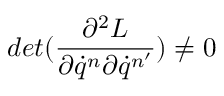
d e t ( \frac { \partial ^ { 2 } L } { \partial \dot { q } ^ { n } \partial \dot { q } ^ { n ^ { \prime } } } ) \neq 0